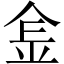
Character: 𨤾